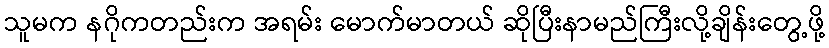
သူမက နဂိုကတည်းက အရမ်း မောက်မာတယ် ဆိုပြီးနာမည်ကြီးလို့ချိန်းတွေ့ဖို့